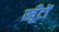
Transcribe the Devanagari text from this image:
खूँटों